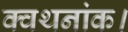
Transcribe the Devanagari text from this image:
क्वथनांक।